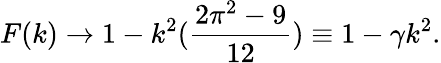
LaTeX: F(k)\rightarrow 1-k^{2}(\frac{2\pi^{2}-9}{12})\equiv 1-\gamma k^{2}.